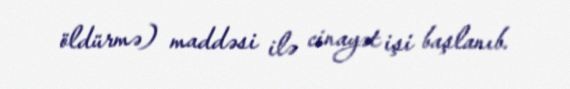
öldürmə) maddəsi ilə cinayət işi başlanıb.